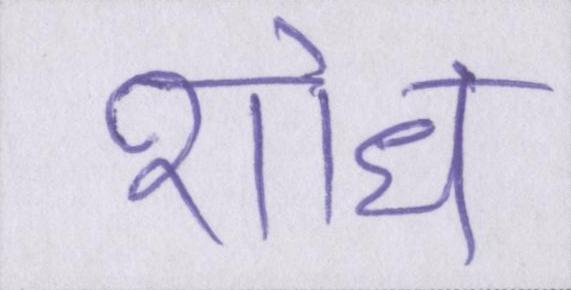
शोध